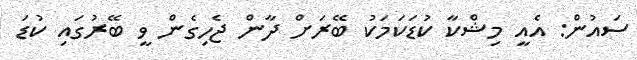
ސައުން: އެއީ މިޝްކާ ކުޑަކަމަކު ބޭރަށް ދާން ޖެހިގެން ވީ ބޭރުގައި ކުޑަ